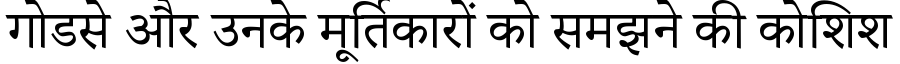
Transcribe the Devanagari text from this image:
गोडसे और उनके मूर्तिकारों को समझने की कोशिश